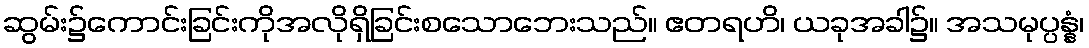
ဆွမ်း၌ကောင်းခြင်းကိုအလိုရှိခြင်းစသောဘေးသည်။ ဧတရဟိ၊ ယခုအခါ၌။ အသမုပ္ပန္နံ၊